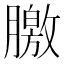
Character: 𣎣